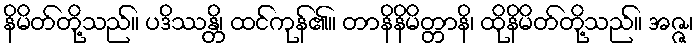
နိမိတ်တို့သည်။ ပဒိဿန္တိ၊ ထင်ကုန်၏။ တာနိနိမိတ္တာနိ၊ ထိုနိမိတ်တို့သည်။ အဇ္ဇ၊